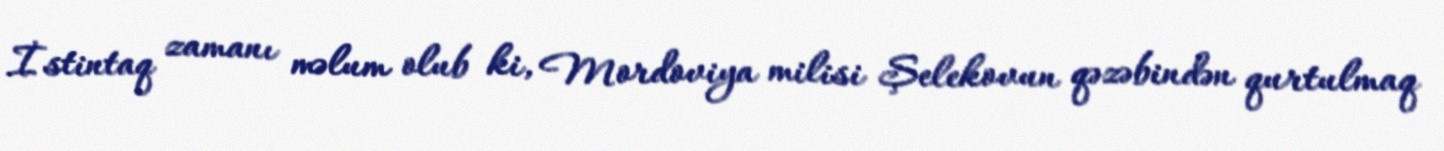
İstintaq zamanı məlum olub ki, Mordoviya milisi Şelekovun qəzəbindən qurtulmaq